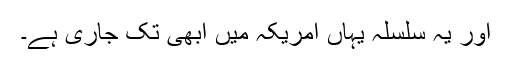
اور یہ سلسلہ یہاں امریکہ میں ابھی تک جاری ہے۔